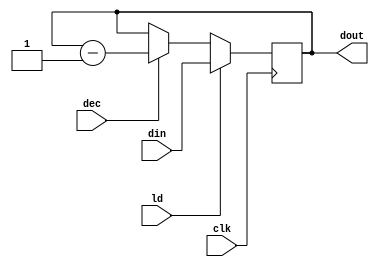
// MUL - Datapath - Down Counter
//----------------------------------
// Type : module
// Contact : mathewtg.mec@gmail.com
//------------------
//------------------
// Notes :- Down Counter used as one of the operands
//

module CNTR (dout,din,ld,dec,clk);
	input ld,dec,clk;
	input [15:0] din;
	output reg [15:0] dout;
	
	always @ (posedge clk)
		if (ld) dout <= din;
		else if (dec) dout <= dout - 1;
endmodule